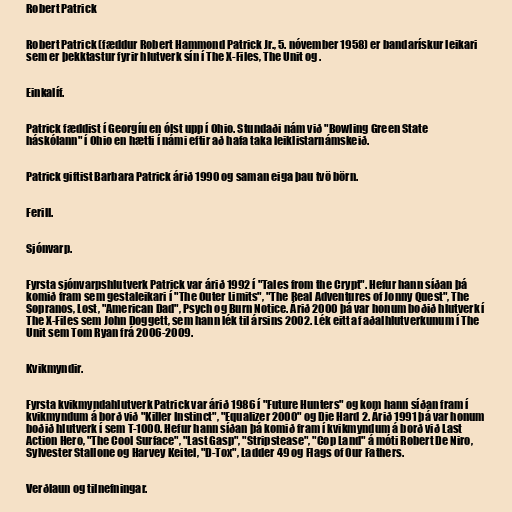
Robert Patrick

Robert Patrick (fæddur Robert Hammond Patrick Jr., 5. nóvember 1958) er bandarískur leikari
sem er þekktastur fyrir hlutverk sín í The X-Files, The Unit og .

Einkalíf.

Patrick fæddist í Georgíu en ólst upp í Ohio. Stundaði nám við "Bowling Green State
háskólann" í Ohio en hætti í námi eftir að hafa taka leiklistarnámskeið.

Patrick giftist Barbara Patrick árið 1990 og saman eiga þau tvö börn.

Ferill.

Sjónvarp.

Fyrsta sjónvarpshlutverk Patrick var árið 1992 í "Tales from the Crypt". Hefur hann síðan þá
komið fram sem gestaleikari í "The Outer Limits", "The Real Adventures of Jonny Quest", The
Sopranos, Lost, "American Dad", Psych og Burn Notice. Árið 2000 þá var honum boðið hlutverk í
The X-Files sem John Doggett, sem hann lék til ársins 2002. Lék eitt af aðalhlutverkunum í The
Unit sem Tom Ryan frá 2006-2009.

Kvikmyndir.

Fyrsta kvikmyndahlutverk Patrick var árið 1986 í "Future Hunters" og kom hann síðan fram í
kvikmyndum á borð við "Killer Instinct", "Equalizer 2000" og Die Hard 2. Árið 1991 þá var honum
boðið hlutverk í sem T-1000. Hefur hann síðan þá komið fram í kvikmyndum á borð við Last
Action Hero, "The Cool Surface", "Last Gasp", "Stripstease", "Cop Land" á móti Robert De Niro,
Sylvester Stallone og Harvey Keitel, "D-Tox", Ladder 49 og Flags of Our Fathers.

Verðlaun og tilnefningar.